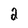
Character: 2